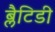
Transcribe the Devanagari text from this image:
ब्लैटिडी